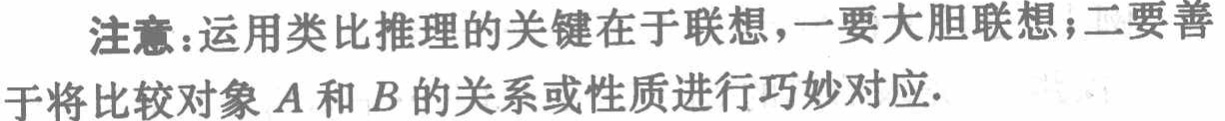
注意：运用类比推理的关键在于联想，一要大胆联想；二要善于将比较对象\(A\)和\(B\)的关系或性质进行巧妙对应.